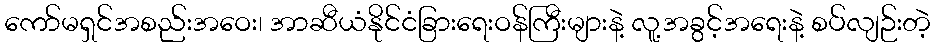
ကော်မရှင်အစည်းအဝေး၊ အာဆီယံနိုင်ငံခြားရေးဝန်ကြီးများနဲ့ လူ့အခွင့်အရေးနဲ့ စပ်လျဉ်းတဲ့